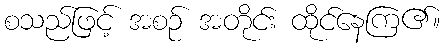
စသည်ဖြင့် အစဉ် အတိုင်း ထိုင်နေကြ၏။